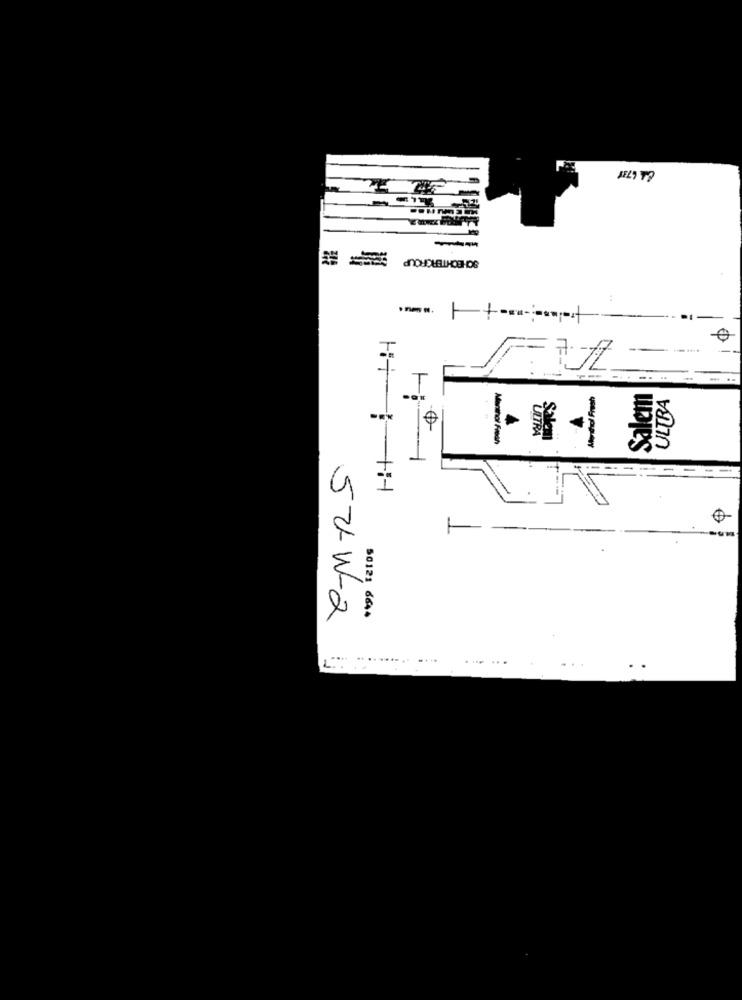
Salem
ULTRA
Marino Pesan
ULTRA
Salem
50121 6644
52-W-2